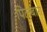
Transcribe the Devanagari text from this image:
पिलबारा